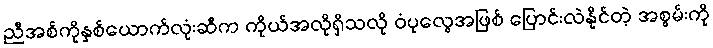
ညီအစ်ကိုနှစ်ယောက်လုံးဆီက ကိုယ်အလိုရှိသလို ဝံပုလွေအဖြစ် ပြောင်းလဲနိုင်တဲ့ အစွမ်းကို